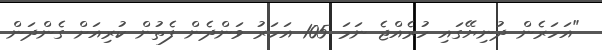
"އަހަރެން ދުނިޔޭގައި ހުރެއްޖެ ނަމަ 105 އަހަރު ވަންދެން ފެތުން ކުރިއަށް ގެންދަން